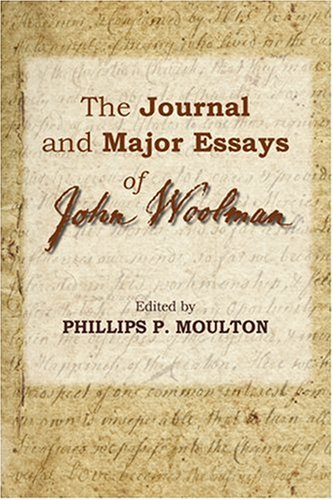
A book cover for The Journal and Major Essays of John Woolman; John Woolman; Christian Books & Bibles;